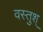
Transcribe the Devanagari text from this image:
वस्तुश्